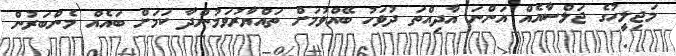
މަޖިލީހުގެ ޖަލްސާއެއް އަންނަ އާދިއްތަ ދުވަހު ބޭއްވުމަށް ތައްޔާރުވަމުންދާ ކަަމަށް ބައެއް މެންބަރުން